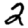
Digit: 2